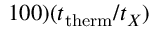
1 0 0 ) ( t _ { \mathrm { t h e r m } } / t _ { X } )